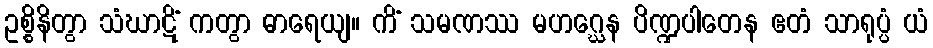
ဥစ္စိနိတွာ သံဃာဋိံ ကတွာ ဓာရေယျ။ ကိံ သမဏဿ မဟဂ္ဃေန ပိဏ္ဍပါတေန ဧတံ သာရုပ္ပံ ယံ